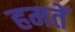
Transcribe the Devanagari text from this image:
हमतें